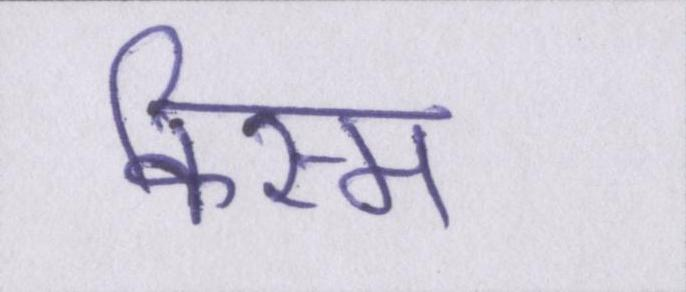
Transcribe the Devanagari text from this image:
किस्म